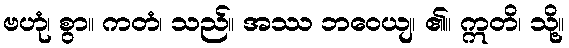
ဗဟုံ၊ စွာ။ ကတံ၊ သည်။ အဿ ဘဝေယျ၊ ၏။ ဣတိ၊ သို့။